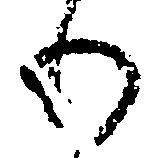
わ